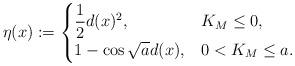
LaTeX: \begin{align*}\eta(x):=\begin{cases}\dfrac{1}{2}d(x)^2,&K_M\leq 0,\\1-\cos \sqrt{a}d(x),&0<K_M\leq a.\end{cases}\end{align*}